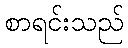
စာရင်းသည်